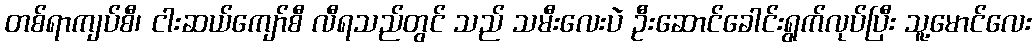
တစ်ရာကျပ်စီ၊ ငါးဆယ်ကျော်စီ လီရသည်တွင် သည် သမီးလေးပဲ ဦးဆောင်ခေါင်းရွက်လုပ်ပြီး သူ့မောင်လေး